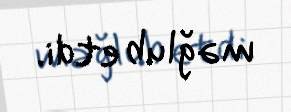
məğlub etdi.